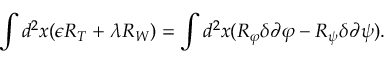
\int d ^ { 2 } x ( \epsilon R _ { T } + \lambda R _ { W } ) = \int d ^ { 2 } x ( R _ { \varphi } \delta \partial \varphi - R _ { \psi } \delta \partial \psi ) .